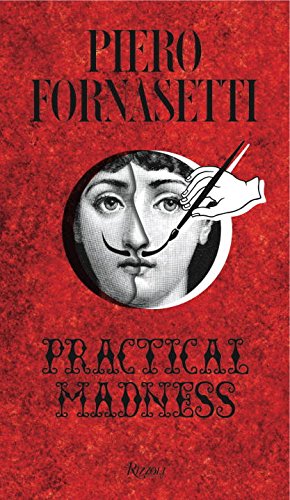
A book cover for Piero Fornasetti: Practical Madness; Arts & Photography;